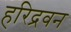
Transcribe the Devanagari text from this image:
हरिद्रवन